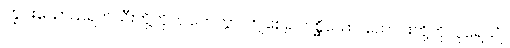
ကြွင်းသောသရက်သီးတို့ကို။ ပါတေတွာ၊ ကျစေ၍။ ပစ္ဆိယော၊ တောင်းတို့ကို။ ပူရေယျုံ၊